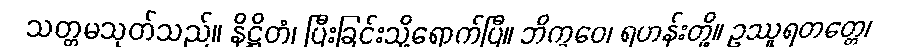
သတ္တမသုတ်သည်။ နိဋ္ဌိတံ၊ ပြီးခြင်းသို့ရောက်ပြီ။ ဘိက္ခဝေ၊ ရဟန်းတို့။ ဥဿူရတတ္တေ၊